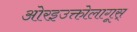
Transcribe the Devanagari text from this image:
ओरइउक्तोलागूस्